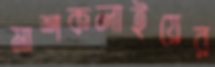
মাশকলাইয়ের